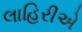
લાહિરીએ